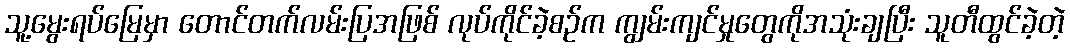
သူ့မွေးရပ်မြေမှာ တောင်တက်လမ်းပြအဖြစ် လုပ်ကိုင်ခဲ့စဉ်က ကျွမ်းကျင်မှုတွေကိုအသုံးချပြီး သူတီထွင်ခဲ့တဲ့